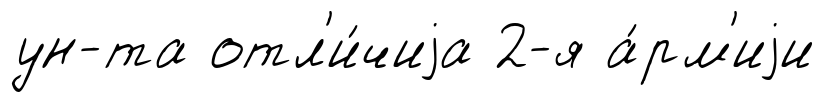
ун-та отл'и́чиjа 2-я а́рм'иjи